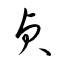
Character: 貞